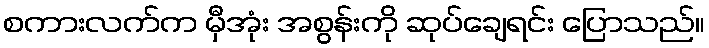
စကားလက်က မှီအုံး အစွန်းကို ဆုပ်ချေရင်း ပြောသည်။